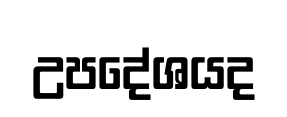
උපදේශයද